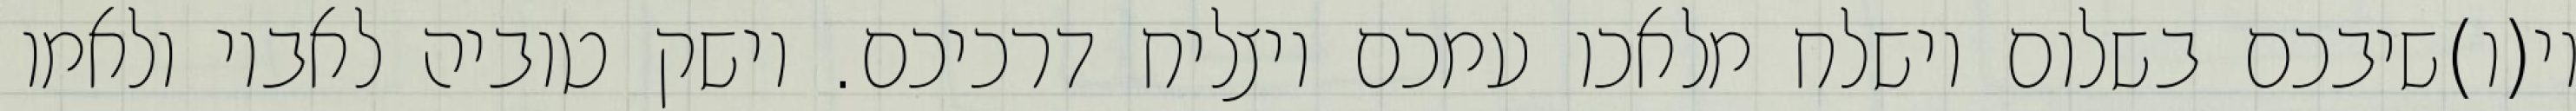
וי(ו)שיבכם בשלום וישלח מלאכו עמכם ויצליח דרכיכם. וישק טוביה לאביו ולאמו